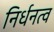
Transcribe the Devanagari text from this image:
निर्धनत्व